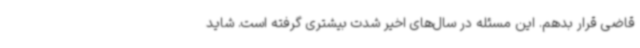
قاضی قرار بدهم. این مسئله در سال‌های اخیر شدت بیشتری گرفته است. شاید